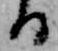
る